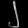
Digit: ၂